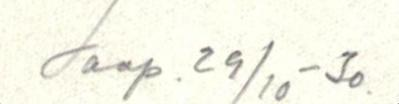
Saap. 29/10-30.